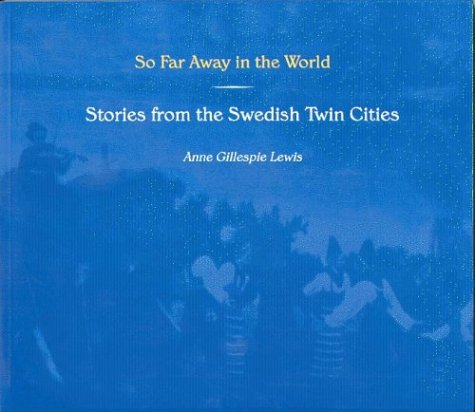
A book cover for So Far Away in the World: Stories from the Swedish Twin Cities (Minnesota); Anne Gillespie Lewis; Biographies & Memoirs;